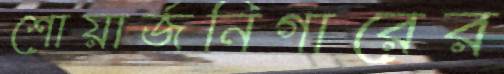
শোয়ার্জনিগারের